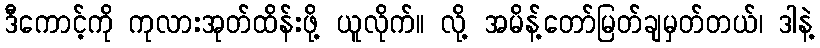
ဒီကောင့်ကို ကုလားအုတ်ထိန်းဖို့ ယူလိုက်။ လို့ အမိန့်တော်မြတ်ချမှတ်တယ်၊ ဒါနဲ့